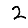
Digit: 2